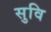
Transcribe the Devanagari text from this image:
सुवि